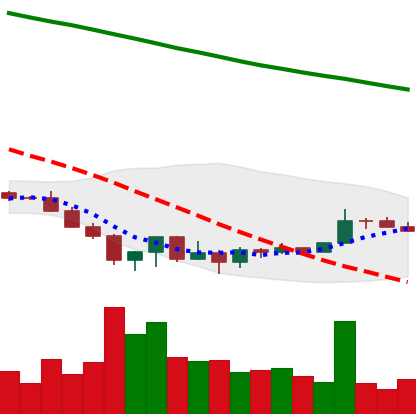
Ticker: XRP-USD
Chart end date: 2022-06-27
Forward return: -10.66%
Label: down_7plus